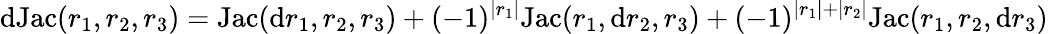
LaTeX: \mathrm{d}\mathrm{Jac}(r_{1},r_{2},r_{3})=\mathrm{Jac}(\mathrm{d}r_{1},r_{2},r_{3})+(-1)^{\lvert r_{1}\rvert}\mathrm{Jac}(r_{1},\mathrm{d}r_{2},r_{3})+(-1)^{\lvert r_{1}\rvert+\lvert r_{2}\rvert}\mathrm{Jac}(r_{1},r_{2},\mathrm{d}r_{3})